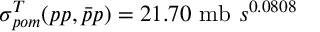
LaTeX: \sigma _ { p o m } ^ { T } ( p p , \bar { p } p ) = 2 1 . 7 0 ~ \mathrm { m b } ~ s ^ { 0 . 0 8 0 8 }